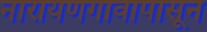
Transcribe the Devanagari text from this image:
नारायणगावापासून